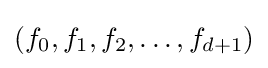
(f_{0},f_{1},f_{2},\ldots ,f_{d+1})